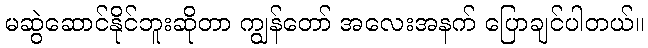
မဆွဲဆောင်နိုင်ဘူးဆိုတာ ကျွန်တော် အလေးအနက် ပြောချင်ပါတယ်။